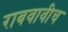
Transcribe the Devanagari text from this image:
राबवावीच